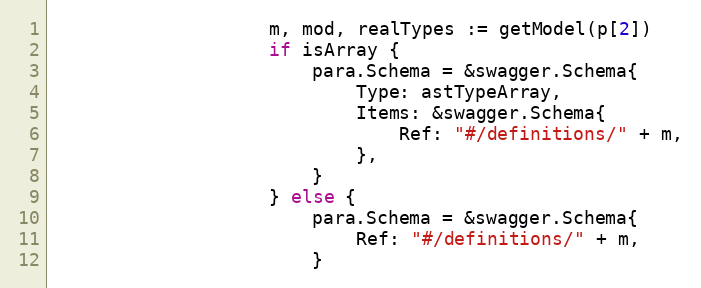
Language: Go
					m, mod, realTypes := getModel(p[2])
					if isArray {
						para.Schema = &swagger.Schema{
							Type: astTypeArray,
							Items: &swagger.Schema{
								Ref: "#/definitions/" + m,
							},
						}
					} else {
						para.Schema = &swagger.Schema{
							Ref: "#/definitions/" + m,
						}